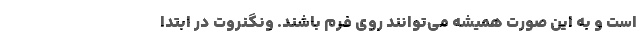
است و به این صورت همیشه می‌توانند روی فرم باشند. ونگنروت در ابتدا